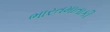
ભારતમાતાકી